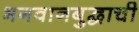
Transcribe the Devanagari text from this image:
भगवानबुद्धाची